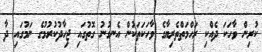
ކުރިން ވާހަކަ ދެއްކި ރަހްމަތްތެރިޔާގެ ވާހަކަތަކުން އެނގުނު ގޮތުގައި ޖިހާދުކުރުމުގެ ނަމުގައި ދާ